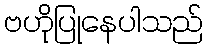
ဗဟိုပြုနေပါသည်